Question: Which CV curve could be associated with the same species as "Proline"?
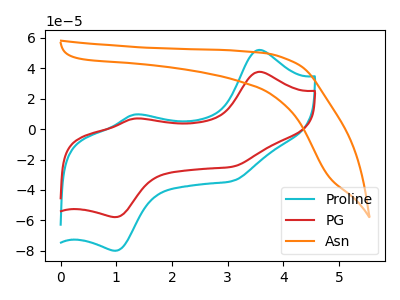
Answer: <think>The cyan curve "Proline" has anodic peaks at (3.55V, 52.00uA) (1.30V, 9.50uA) and cathodic peaks at (1.00V, -79.90uA) (3.10V, -34.10uA). The red curve "PG" has anodic peaks at (3.55V, 37.65uA) (1.30V, 6.85uA) and cathodic peaks at (1.00V, -57.85uA) (3.10V, -24.65uA). The orange curve "Asn" has no peaks.
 All the peaks in "Proline" have a peak in "PG" at the same potential. Every peak in "Proline" is higher than every peak in "PG". "Proline" and "Asn" have a different number of peaks. "PG" and "Asn" have a different number of peaks.</think>
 <answer>The CV with the most similar shape to "PG" is "Proline".</answer>
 <eval>"Proline"</eval>